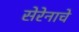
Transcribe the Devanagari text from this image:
सेरेनाचे